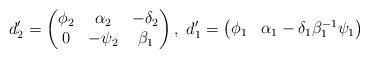
LaTeX: \begin{align*}d'_2=\begin{pmatrix}\phi_2&\alpha_2 &-\delta_2\\0&-\psi_2 &\beta_1\end{pmatrix}, \ d'_1=\begin{pmatrix}\phi_1 & \alpha_1-\delta_1\beta^{-1}_1\psi_1\end{pmatrix}\end{align*}